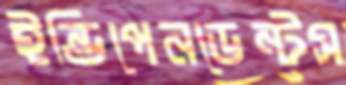
ইন্ডিপেনডেন্টস